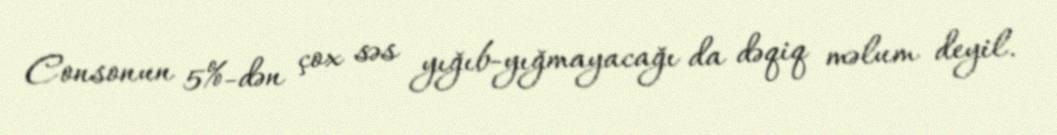
Consonun 5%-dən çox səs yığıb-yığmayacağı da dəqiq məlum deyil.